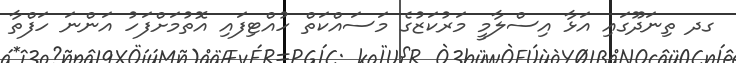
ގދ ތިނަދޫގައި އަޅާ އިސްލާމީ މަރުކަޒުގެ މަސައްކަތް ހުއްޓިފައި އޮތުމަށްފަހު އަންނަ ހަފްތާ